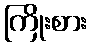
ကြိုးစား